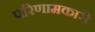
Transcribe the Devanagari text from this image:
परिणामकारी